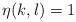
LaTeX: \begin{align*}\eta(k,l)=1\end{align*}